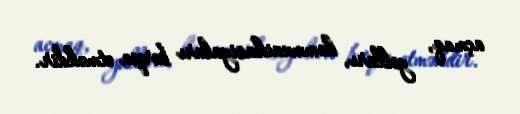
açmaq, yolları, kommunikasiyaları bərpa etməkdir.